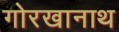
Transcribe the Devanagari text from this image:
गोरखानाथ